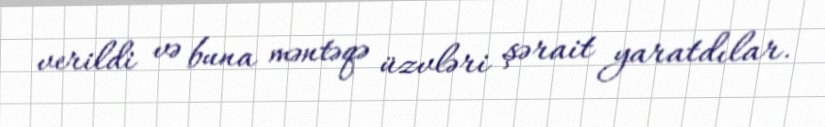
verildi və buna məntəqə üzvləri şərait yaratdılar.